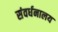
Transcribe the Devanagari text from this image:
संवर्धनालय